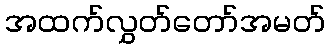
အထက်လွှတ်တော်အမတ်